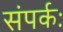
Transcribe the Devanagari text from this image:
संपर्कः